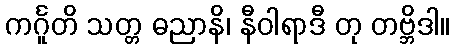
ကင်္ဂူတိ သတ္တ ဓညာနိ၊ နီဝါရာဒီ တု တဗ္ဘိဒါ။